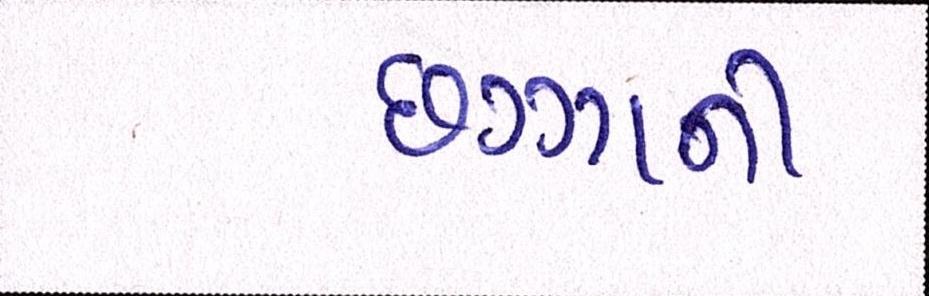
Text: છગ્ગાની